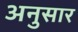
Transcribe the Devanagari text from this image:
अनुसार